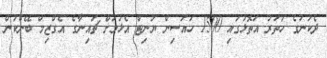
ދެކުނުގެ ހަތަރު އަތޮޅުގައި 1500 ހައުސިން ޔުނިޓް އެޅުމަށް ޗައިނާގެ އެގްޒިމް ބޭންކުން